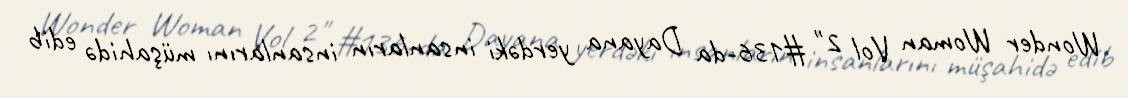
Wonder Woman Vol 2" #136-da Dayana yerdəki insanların insanlarını müşahidə edib